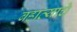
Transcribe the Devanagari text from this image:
बहाव्याचे